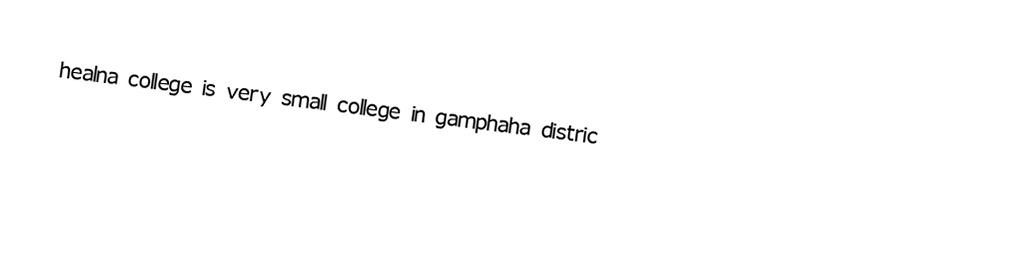
healna college is very small college in gamphaha distric